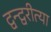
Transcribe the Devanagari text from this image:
द्वन्द्वरीत्या